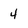
Character: 4